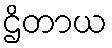
ဌိတာယ